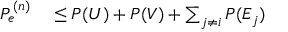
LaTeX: \begin{array} { r l } { P _ { e } ^ { ( n ) } } & { { } \leq P ( U ) + P ( V ) + \sum _ { j \neq i } P ( E _ { j } ) } \end{array}